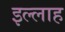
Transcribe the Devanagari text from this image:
इल्लाह